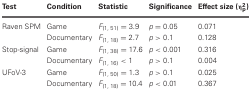
<table><thead><tr><td><b>Test</b></td><td><b>Condition</b></td><td><b>Statistic</b></td><td><b>Significance</b></td><td><b>Effect size (η<sup>2</sup><sub>p</sub>)</b></td></tr></thead><tbody><tr><td>Raven SPM</td><td>Game</td><td><i>F</i><sub>(1, 51)</sub> = 3.9</td><td><i>p</i> = 0.05</td><td>0.071</td></tr><tr><td>[EMPTY_CELL]</td><td>Documentary</td><td><i>F</i><sub>(1, 18)</sub> = 2.7</td><td><i>p</i> &gt; 0.1</td><td>0.128</td></tr><tr><td>Stop-signal</td><td>Game</td><td><i>F</i><sub>(1, 38)</sub> = 17.6</td><td><i>p</i> &lt; 0.001</td><td>0.316</td></tr><tr><td>[EMPTY_CELL]</td><td>Documentary</td><td><i>F</i><sub>(1, 16)</sub> &lt; 1</td><td><i>p</i> &gt; 0.1</td><td>0.004</td></tr><tr><td>UFoV-3</td><td>Game</td><td><i>F</i><sub>(1, 50)</sub> = 1.3</td><td><i>p</i> &gt; 0.1</td><td>0.025</td></tr><tr><td>[EMPTY_CELL]</td><td>Documentary</td><td><i>F</i><sub>(1, 18)</sub> = 10.4</td><td><i>p</i> &lt; 0.01</td><td>0.367</td></tr></tbody></table>